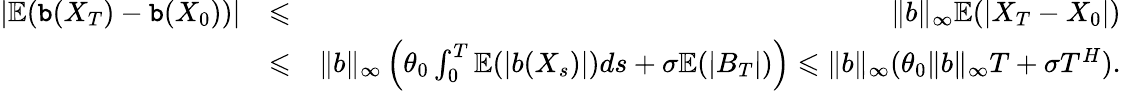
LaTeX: \begin{array}{rlr}{|\mathbb E({\tt b}(X_{T})-{\tt b}(X_{0}))|}&{\leqslant}&{\| b\| _{\infty}\mathbb E(|X_{T}-X_{0}|)}\\ &{\leqslant}&{\| b\| _{\infty}\left(\theta_{0}\int_{0}^{T}\mathbb E(|b(X_{s})|)ds+\sigma\mathbb E(|B_{T}|)\right)\leqslant\| b\| _{\infty}(\theta_{0}\| b\| _{\infty}T+\sigma T^{H}).}\end{array}